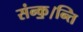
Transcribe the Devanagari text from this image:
संन्क॒।न्ति